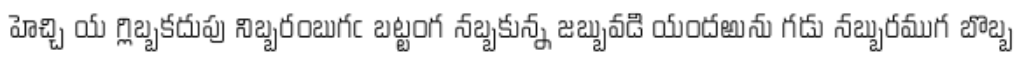
హెచ్చి య గ్లిబ్బకదుపు నిబ్బరంబుగఁ బట్టంగ నబ్బకున్న జబ్బువడి యందఱును గడు నబ్బురముగ బొబ్బ